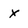
Character: x